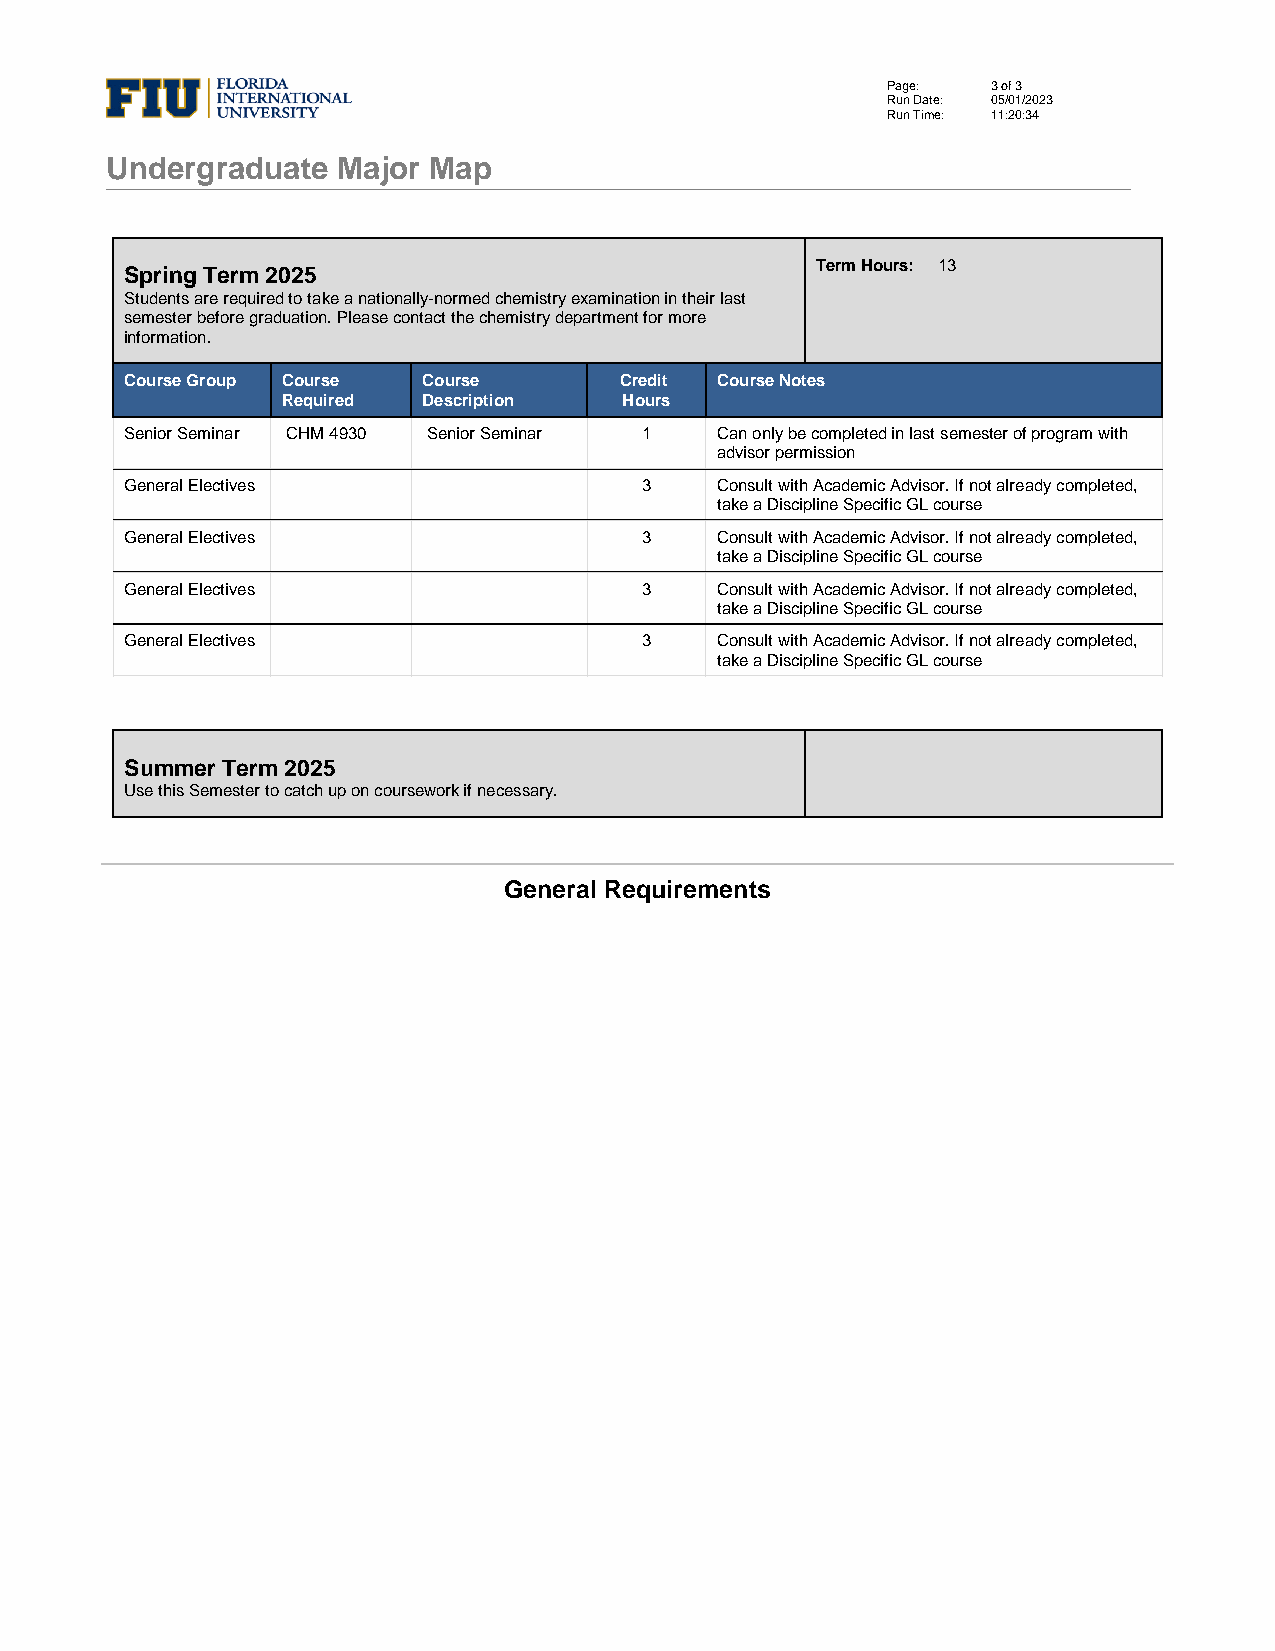
Page:  3 of 3
 Run Date: 05/01/2023
 Run Time: 11:20:34
 Undergraduate  Major Map
 Term Hours: 13
 Spring Term 2025
 Students are required to take a nationally-normed chemistry examination in their last
 semester before graduation. Please contact the chemistry department for more
 information.
 Course Group Course Course       Credit Course Notes
 Required Description  Hours
 Senior Seminar CHM 4930 Senior Seminar 1 Can only be completed in last semester of program with
 advisor permission
 General Electives                  3   Consult with Academic Advisor. If not already completed,
 take a Discipline Specific GL course
 General Electives                  3   Consult with Academic Advisor. If not already completed,
 take a Discipline Specific GL course
 General Electives                  3   Consult with Academic Advisor. If not already completed,
 take a Discipline Specific GL course
 General Electives                  3   Consult with Academic Advisor. If not already completed,
 take a Discipline Specific GL course
 Summer Term 2025
 Use this Semester to catch up on coursework if necessary.
 General Requirements